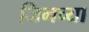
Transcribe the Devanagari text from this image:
जिमच्या